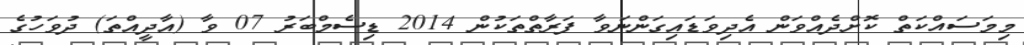
މިމަސައްކަތް ކޮށްދެއްވަން އެދިވަޑައިގަންނަވާ ފަރާތްތަކުން 2014 ޑިސެމްބަރު 07 ވާ (އާދީއްތަ) ދުވަހުގެ